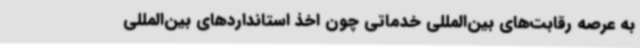
به عرصه رقابت‌های بین‌المللی خدماتی چون اخذ استانداردهای بین‌المللی